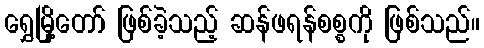
ရွှေမြို့တော် ဖြစ်ခဲ့သည့် ဆန်ဖရန်စစ္စကို ဖြစ်သည်။